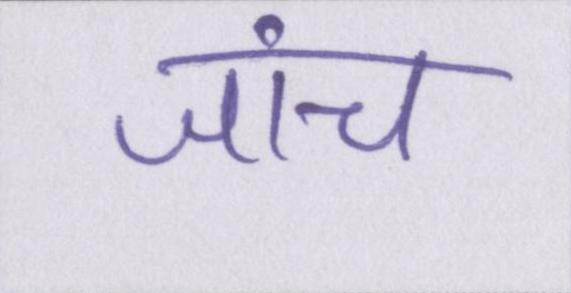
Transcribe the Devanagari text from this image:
जांच